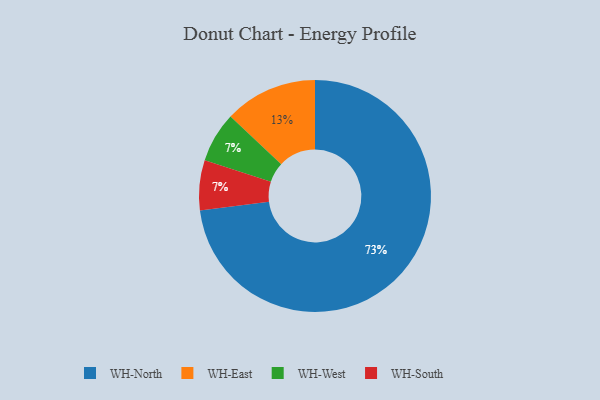
{"axis": {"x": "Category", "y": "Percentage"}, "legend": ["WH-East", "WH-North", "WH-South", "WH-West"], "data": [{"x": "WH-North", "y": 73, "type": "WH-North"}, {"x": "WH-West", "y": 7, "type": "WH-West"}, {"x": "WH-South", "y": 7, "type": "WH-South"}, {"x": "WH-East", "y": 13, "type": "WH-East"}]}